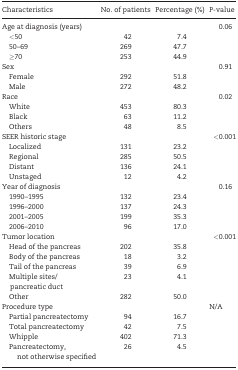
| Characteristics | No. of patients | Percentage (%) | P-value |
 | --- | --- | --- | --- |
 | Age at diagnosis (years) |  |  | 0.06 |
 | <50 | 42 | 7.4 |  |
 | 50–69 | 269 | 47.7 |  |
 | ≥70 | 253 | 44.9 |  |
 | Sex |  |  | 0.91 |
 | Female | 292 | 51.8 |  |
 | Male | 272 | 48.2 |  |
 | Race |  |  | 0.02 |
 | White | 453 | 80.3 |  |
 | Black | 63 | 11.2 |  |
 | Others | 48 | 8.5 |  |
 | SEER historic stage |  |  | <0.001 |
 | Localized | 131 | 23.2 |  |
 | Regional | 285 | 50.5 |  |
 | Distant | 136 | 24.1 |  |
 | Unstaged | 12 | 4.2 |  |
 | Year of diagnosis |  |  | 0.16 |
 | 1990–1995 | 132 | 23.4 |  |
 | 1996–2000 | 137 | 24.3 |  |
 | 2001–2005 | 199 | 35.3 |  |
 | 2006–2010 | 96 | 17.0 |  |
 | Tumor location |  |  | <0.001 |
 | Head of the pancreas | 202 | 35.8 |  |
 | Body of the pancreas | 18 | 3.2 |  |
 | Tail of the pancreas | 39 | 6.9 |  |
 | Multiple sites/pancreatic duct | 23 | 4.1 |  |
 | Other | 282 | 50.0 |  |
 | Procedure type |  |  | N/A |
 | Partial pancreatectomy | 94 | 16.7 |  |
 | Total pancreatectomy | 42 | 7.5 |  |
 | Whipple | 402 | 71.3 |  |
 | Pancreatectomy, not otherwise specified | 26 | 4.5 |  |